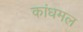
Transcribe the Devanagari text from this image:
कांधमल